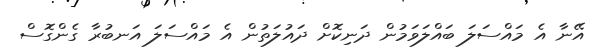
އޭނާ އެ މައްސަލަ ބައްލަވަމުން ދަނިކޮށް ދައުލަތުން އެ މައްސަލަ އަނބުރާ ގެންގޮސް